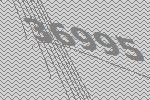
36995